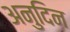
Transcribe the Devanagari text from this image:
अनुदिन